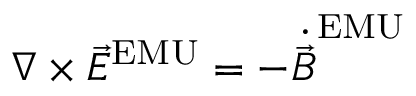
\nabla \times { \vec { E } } ^ { \mathrm { E M U } } = - { \dot { \vec { B } } } ^ { \mathrm { E M U } }